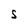
Character: S